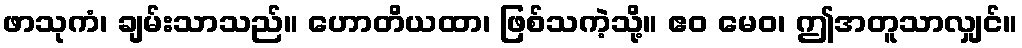
ဖာသုကံ၊ ချမ်းသာသည်။ ဟောတိယထာ၊ ဖြစ်သကဲ့သို့။ ဧဝ မေဝ၊ ဤအတူသာလျှင်။